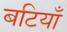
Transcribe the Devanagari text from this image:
बटियाँ